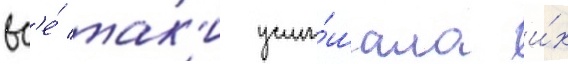
вс'е́ так'и услы́шала и́х